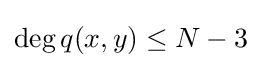
\deg q(x,y)\leq N-3